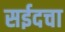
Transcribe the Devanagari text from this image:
सईदचा